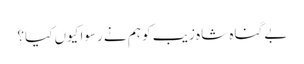
بے گناہ شاہ زیب کو ہم نے رسوا کیوں کیا؟